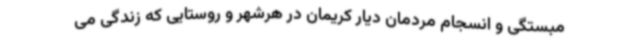
مبستگی و انسجام مردمان دیار کریمان در هرشهر و روستایی که زندگی می